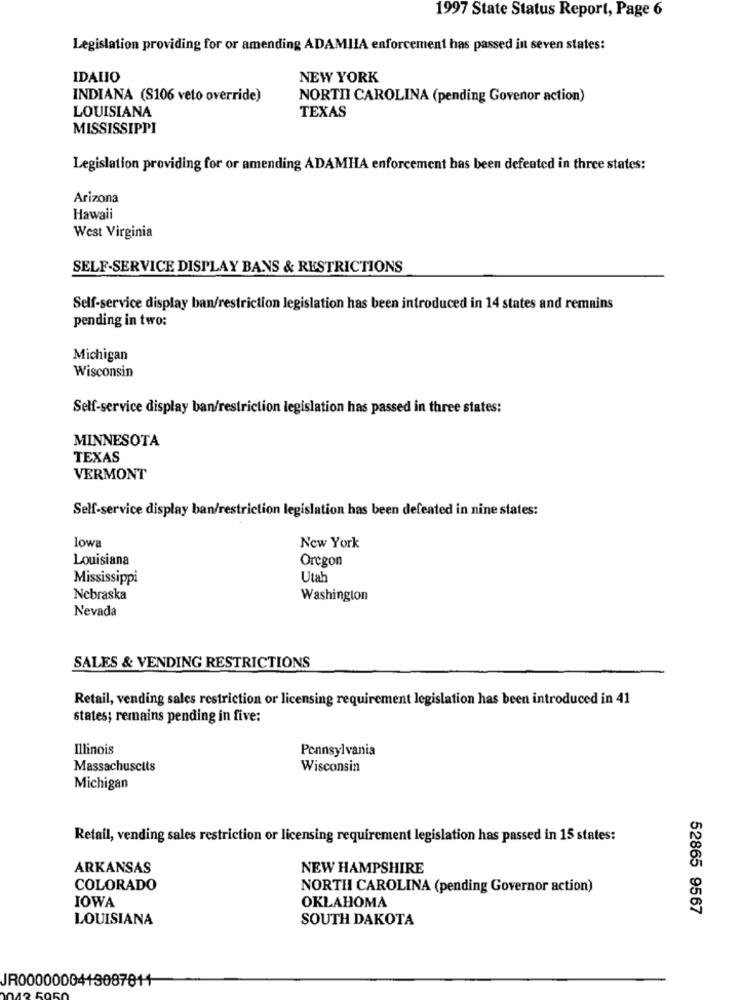
1997 State Status Report, Page 6
Legislation providing for or amending ADAMIIA enforcement has passed in seven states:
IDALIO
NEW YORK
INDIANA (S106 veto override)
NORTII CAROLINA (pending Govenor action)
LOUISIANA
TEXAS
MISSISSIPPI
Legislation providing for or amending ADAMHA enforcement has been defeated in three states:
Arizona
Hawaii
West Virginia
SELF-SERVICE DISPLAY BANS & RESTRICTIONS
Self-service display ban/restriction legislation has been introduced in 14 states and remains
pending in two:
Michigan
Wisconsin
Self-service display ban/restriction legislation has passed in three states:
MINNESOTA
TEXAS
VERMONT
Self-service display ban/restriction legislation has been defeated in nine states:
lowa
New York
Louisiana
Oregon
Mississippi
Utah
Nebraska
Washington
Nevada
SALES & VENDING RESTRICTIONS
Retail, vending sales restriction or licensing requirement legislation has been introduced in 41
states; remains pending in five:
Illinois
Pennsylvania
Massachusclis
Wisconsin
Michigan
Retail, vending sales restriction or licensing requirement legislation has passed in 15 states:
ARKANSAS
NEW HAMPSHIRE
COLORADO
NORTH CAROLINA (pending Governor action)
IOWA
OKLAHOMA
52865 9567
LOUISIANA
SOUTH DAKOTA
IR0000000413087811